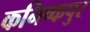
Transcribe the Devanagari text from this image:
कनिष्कपुर